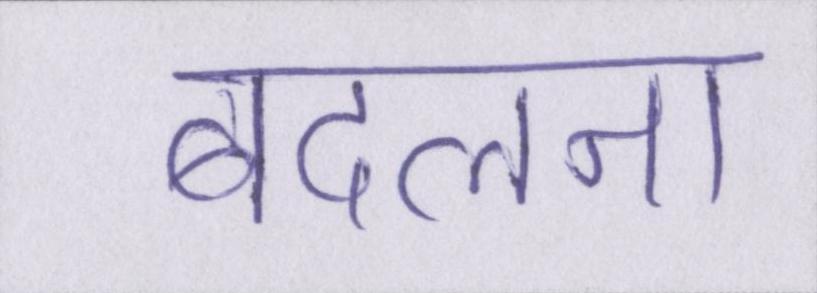
बदलना